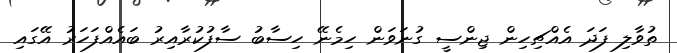
ތުވާލި ފަދަ އެއްޗިހިން ޖިންސީ ގުނަވަން ހިމެނޭ ހިސާބު ސާފުކުރާއިރު ބައެއްފަހަރު އޭގައި